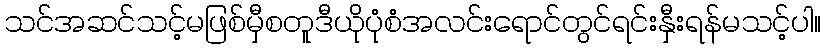
သင်အဆင်သင့်မဖြစ်မှီစတူဒီယိုပုံစံအလင်းရောင်တွင်ရင်းနှီးရန်မသင့်ပါ။